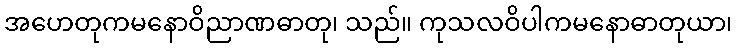
အဟေတုကမနောဝိညာဏဓာတု၊ သည်။ ကုသလဝိပါကမနောဓာတုယာ၊